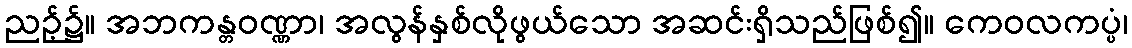
ညဉ့်၌။ အဘကန္တဝဏ္ဏာ၊ အလွန်နှစ်လိုဖွယ်သော အဆင်းရှိသည်ဖြစ်၍။ ကေဝလကပ္ပံ၊